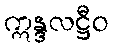
ဣန္ဒလဋ္ဌီဝ